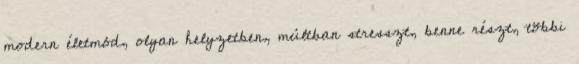
modern életmód, olyan helyzetben, múltban stresszt, benne részt, többi